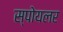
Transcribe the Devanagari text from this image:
स्पोयलर